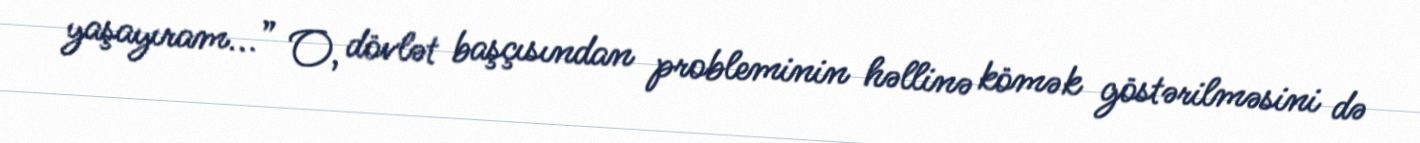
yaşayıram...” O, dövlət başçısından probleminin həllinə kömək göstərilməsini də